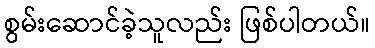
စွမ်းဆောင်ခဲ့သူလည်း ဖြစ်ပါတယ်။